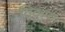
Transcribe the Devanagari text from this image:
विकुना।